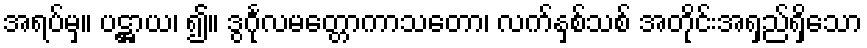
အရပ်မှ။ ပဋ္ဌာယ၊ ၍။ ဒွင်္ဂုလမတ္တောကာသတော၊ လက်နှစ်သစ် အတိုင်းအရှည်ရှိသော